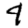
Digit: 4